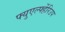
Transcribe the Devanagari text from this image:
फ्युएर्ल्फ्हेरिउप